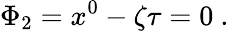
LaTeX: \Phi_{2}=x^{0}-\zeta\tau=0~.